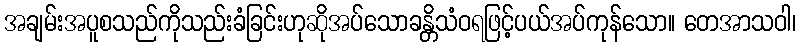
အချမ်းအပူစသည်ကိုသည်းခံခြင်းဟုဆိုအပ်သောခန္တိသံဝရဖြင့်ပယ်အပ်ကုန်သော။ တေအာသဝါ၊